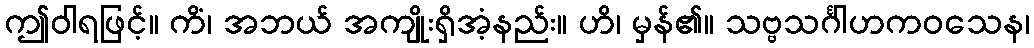
ဤဝါရဖြင့်။ ကိံ၊ အဘယ် အကျိုးရှိအံ့နည်း။ ဟိ၊ မှန်၏။ သဗ္ဗသင်္ဂါဟကဝသေန၊